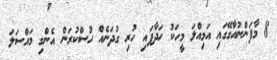
8 މާފަންނުއާގޭގައި އަމިއްލަ މީހަކު ހަދާފައި ހުރި ގުދަނެއް ހުސްކުރަން އެންގި މައްސަލަ